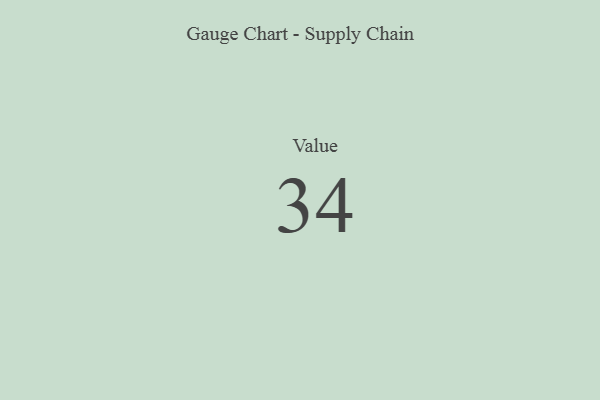
{"axis": {"x": "Metric", "y": "Value"}, "legend": [""], "data": [{"x": "Value", "y": 34, "type": ""}]}